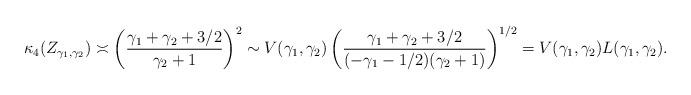
LaTeX: \begin{align*}\kappa_4(Z_{\gamma_1,\gamma_2}) &\asymp \left(\frac{\gamma_1+\gamma_2+3/2} {\gamma_2+1}\right)^2\sim V(\gamma_1,\gamma_2) \left(\frac{\gamma_1+\gamma_2+3/2}{(-\gamma_1-1/2)(\gamma_2+1)} \right)^{1/2}= V(\gamma_1,\gamma_2) L(\gamma_1,\gamma_2).\end{align*}